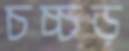
চচ্চড়